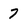
Character: 7